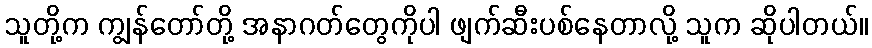
သူတို့က ကျွန်တော်တို့ အနာဂတ်တွေကိုပါ ဖျက်ဆီးပစ်နေတာလို့ သူက ဆိုပါတယ်။